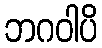
ဘဂဝါပိ